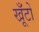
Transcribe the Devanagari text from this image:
खूँटों